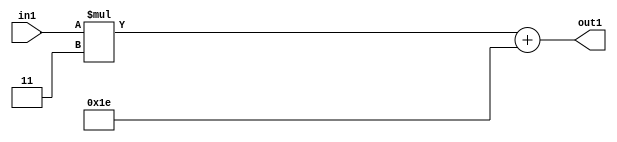
`timescale 1ps / 1ps
/*****************************************************************************
    Verilog RTL Description
    
    
    Created by: Stratus DpOpt 21.05.01 
*******************************************************************************/

module SobelFilter_Add2i30Mul2i3s6_4 (
	in1,
	out1
	); /* architecture "behavioural" */ 
input [5:0] in1;
output [5:0] out1;
wire [5:0] asc001,
	asc003;

assign asc003 = 
	+(in1 * 6'B000011);

assign asc001 = 
	+(asc003)
	+(6'B011110);

assign out1 = asc001;
endmodule

/* CADENCE  ubT1Sg0= : u9/ySxbfrwZIxEzHVQQV8Q== ** DO NOT EDIT THIS LINE ******/